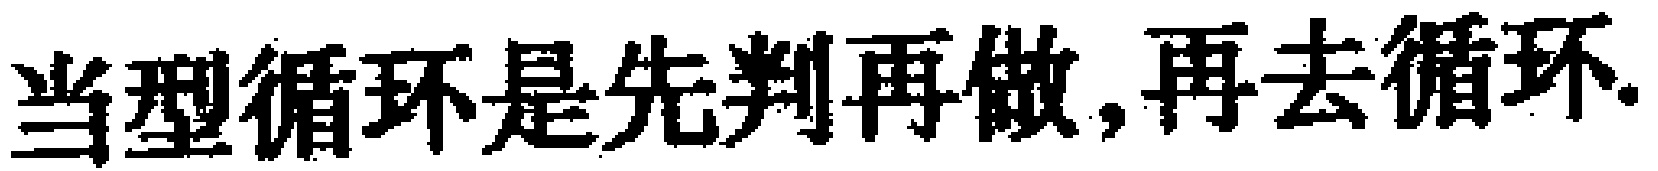
当型循环是先判再做,再去循环.